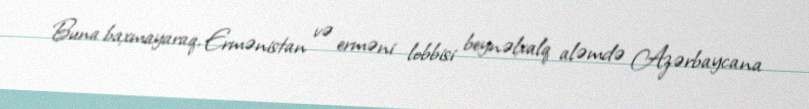
Buna baxmayaraq, Ermənistan və erməni lobbisi beynəlxalq aləmdə Azərbaycana